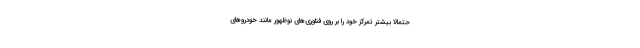
حتمالا بیشتر تمرکز خود را بر روی فناوری‌های نوظهور مانند خودروهای